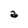
Character: a